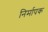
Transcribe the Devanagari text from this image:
निर्मापक